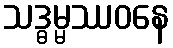
သဒ္ဓမ္မဿဝနေ